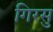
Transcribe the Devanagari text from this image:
गिरसु